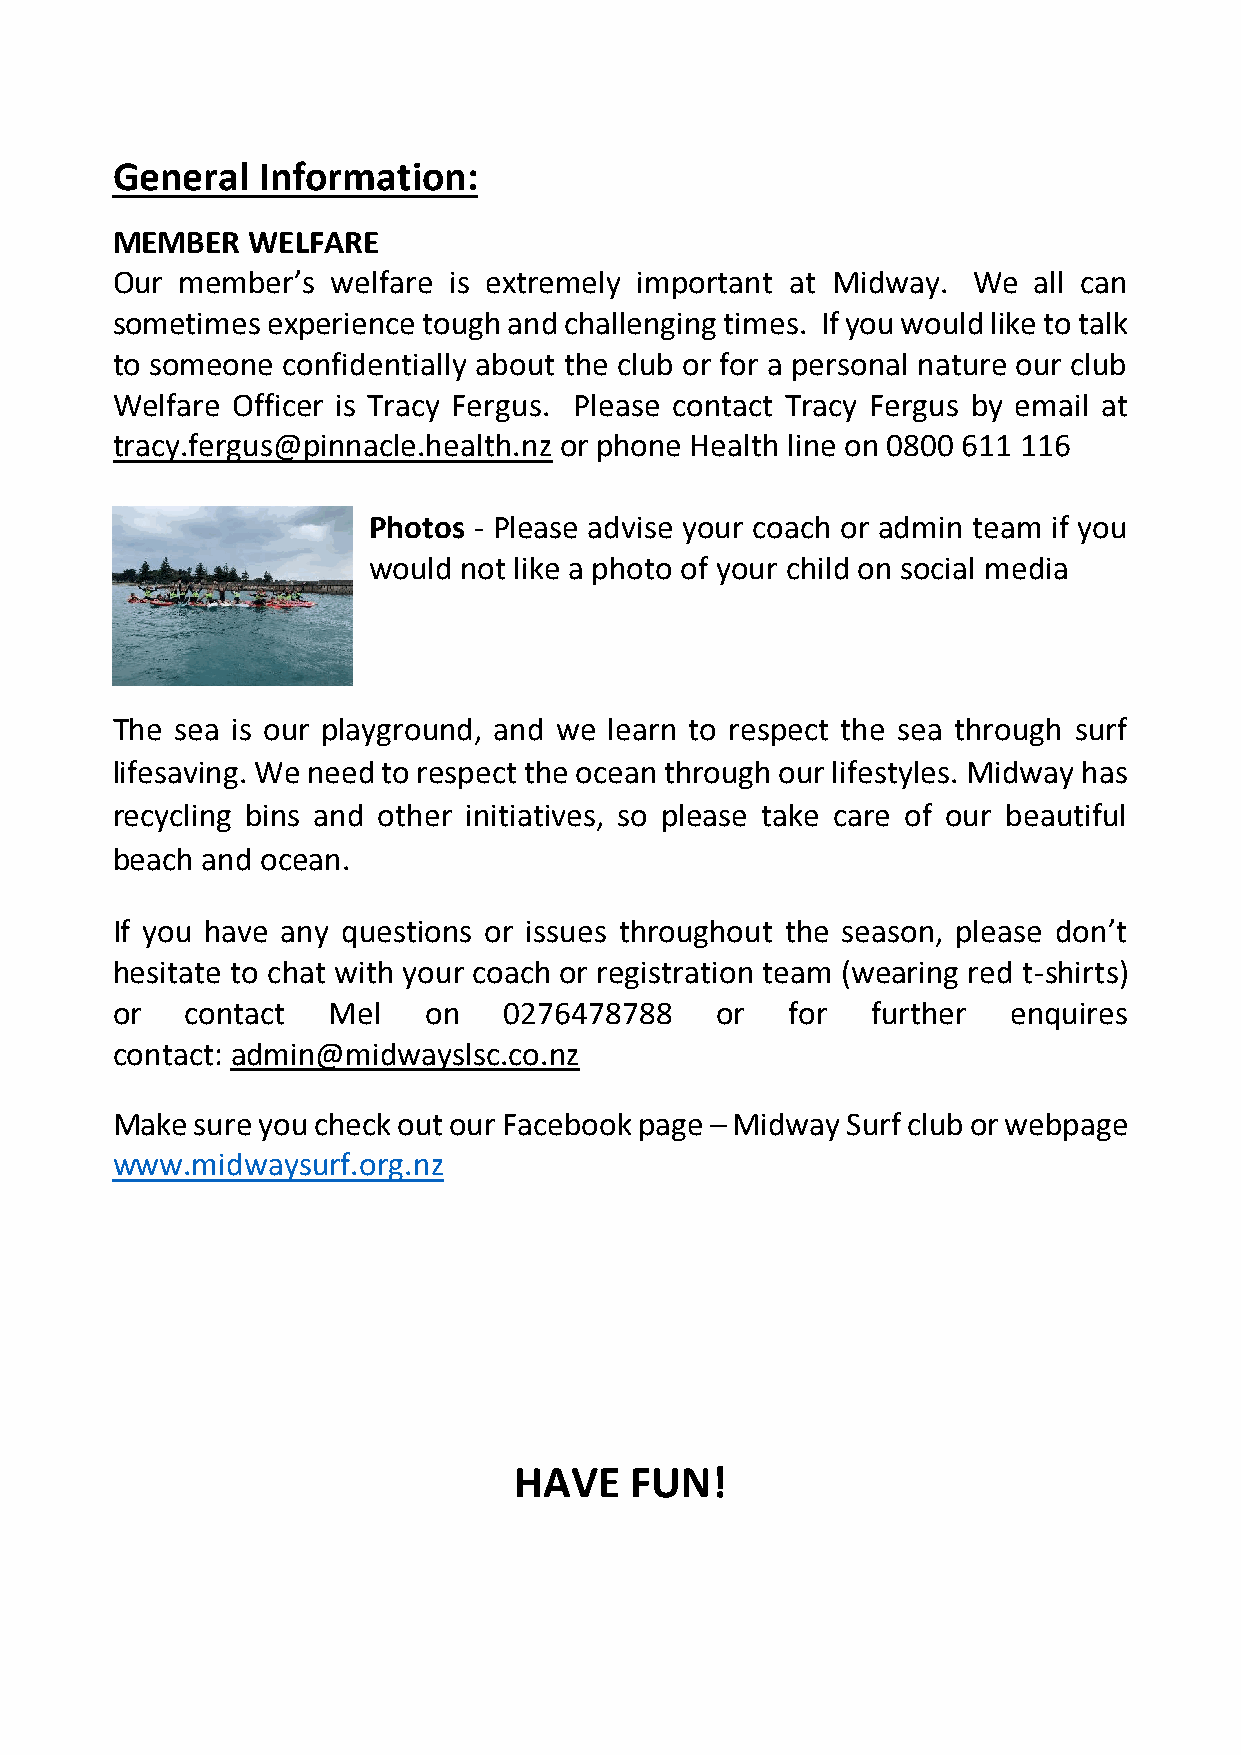
General   Information:
 MEMBER   WELFARE
 Our  member’s  welfare is extremely important at Midway. We  all can
 sometimes  experience tough and challenging times. If you would like to talk
 to someone  confidentially about the club or for a personal nature our club
 Welfare Officer is Tracy Fergus. Please contact Tracy Fergus by email at
 tracy.fergus@pinnacle.health.nz or phone Health line on 0800 611 116
 Photos - Please advise your coach or admin team if you
 would not like a photo of your child on social media
 The  sea is our playground, and we learn to respect the sea through surf
 lifesaving. We need to respect the ocean through our lifestyles. Midway has
 recycling bins and other initiatives, so please take care of our beautiful
 beach and ocean.
 If you have any questions or issues throughout the season, please don’t
 hesitate to chat with your coach or registration team (wearing red t-shirts)
 or   contact   Mel   on   0276478788    or   for   further  enquires
 contact: admin@midwayslsc.co.nz
 Make  sure you check out our Facebook page – Midway Surf club or webpage
 www.midwaysurf.org.nz
 HAVE    FUN!